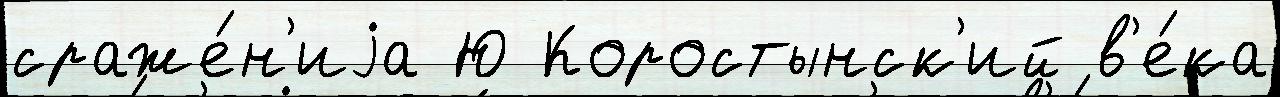
сраже́н'иjа Ю Коростынск'ий в'е́ка